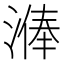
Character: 𣻈